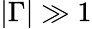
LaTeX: |\Gamma|\gg 1